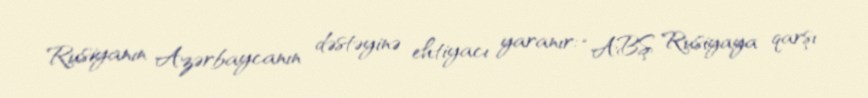
Rusiyanın Azərbaycanın dəstəyinə ehtiyacı yaranır: “ABŞ Rusiyaya qarşı